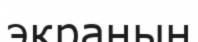
экранын